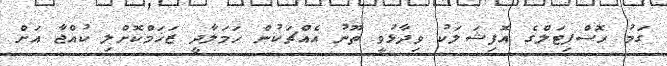
ގަމު ހޮސްޕިޓަލްގެ އޮފިޝަލަކު ވިދާޅުވީ ތޫނު އެއްޗަކުން ހަމަލާދީ ޒަޚަމްކޮށްލި ކުއްޖާ އަށް